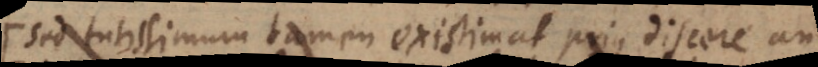
Sed tutissimum tamen existimat prius discere an